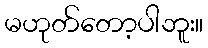
မဟုတ်တော့ပါဘူး။